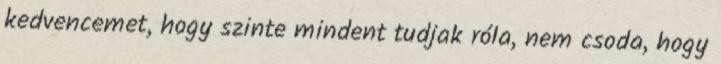
kedvencemet, hogy szinte mindent tudjak róla, nem csoda, hogy